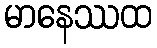
မာနေဿထ